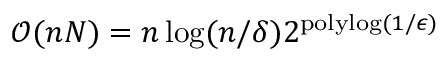
\mathcal { O } ( n N ) = n \log ( n / \delta ) 2 ^ { \mathrm { p o l y l o g } ( 1 / \epsilon ) }